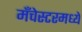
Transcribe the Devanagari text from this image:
मँचेस्टरमध्ये